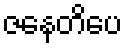
ဇနေတိပေ